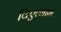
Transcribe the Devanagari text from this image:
विएत्नाम